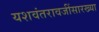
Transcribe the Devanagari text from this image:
यशवंतरावजींसारख्या